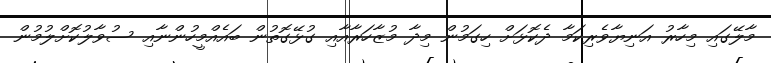
މާލޭގައި މިހާރު އަނިޔާވެރިކަމާ ދެކޮޅަށް ހިގަމުން މިދާ މުޒާހަރާއާއި ގުޅޭގޮތުން ބައެއްމީހުންނާއި ސުވާލުކޮށްލުމުން